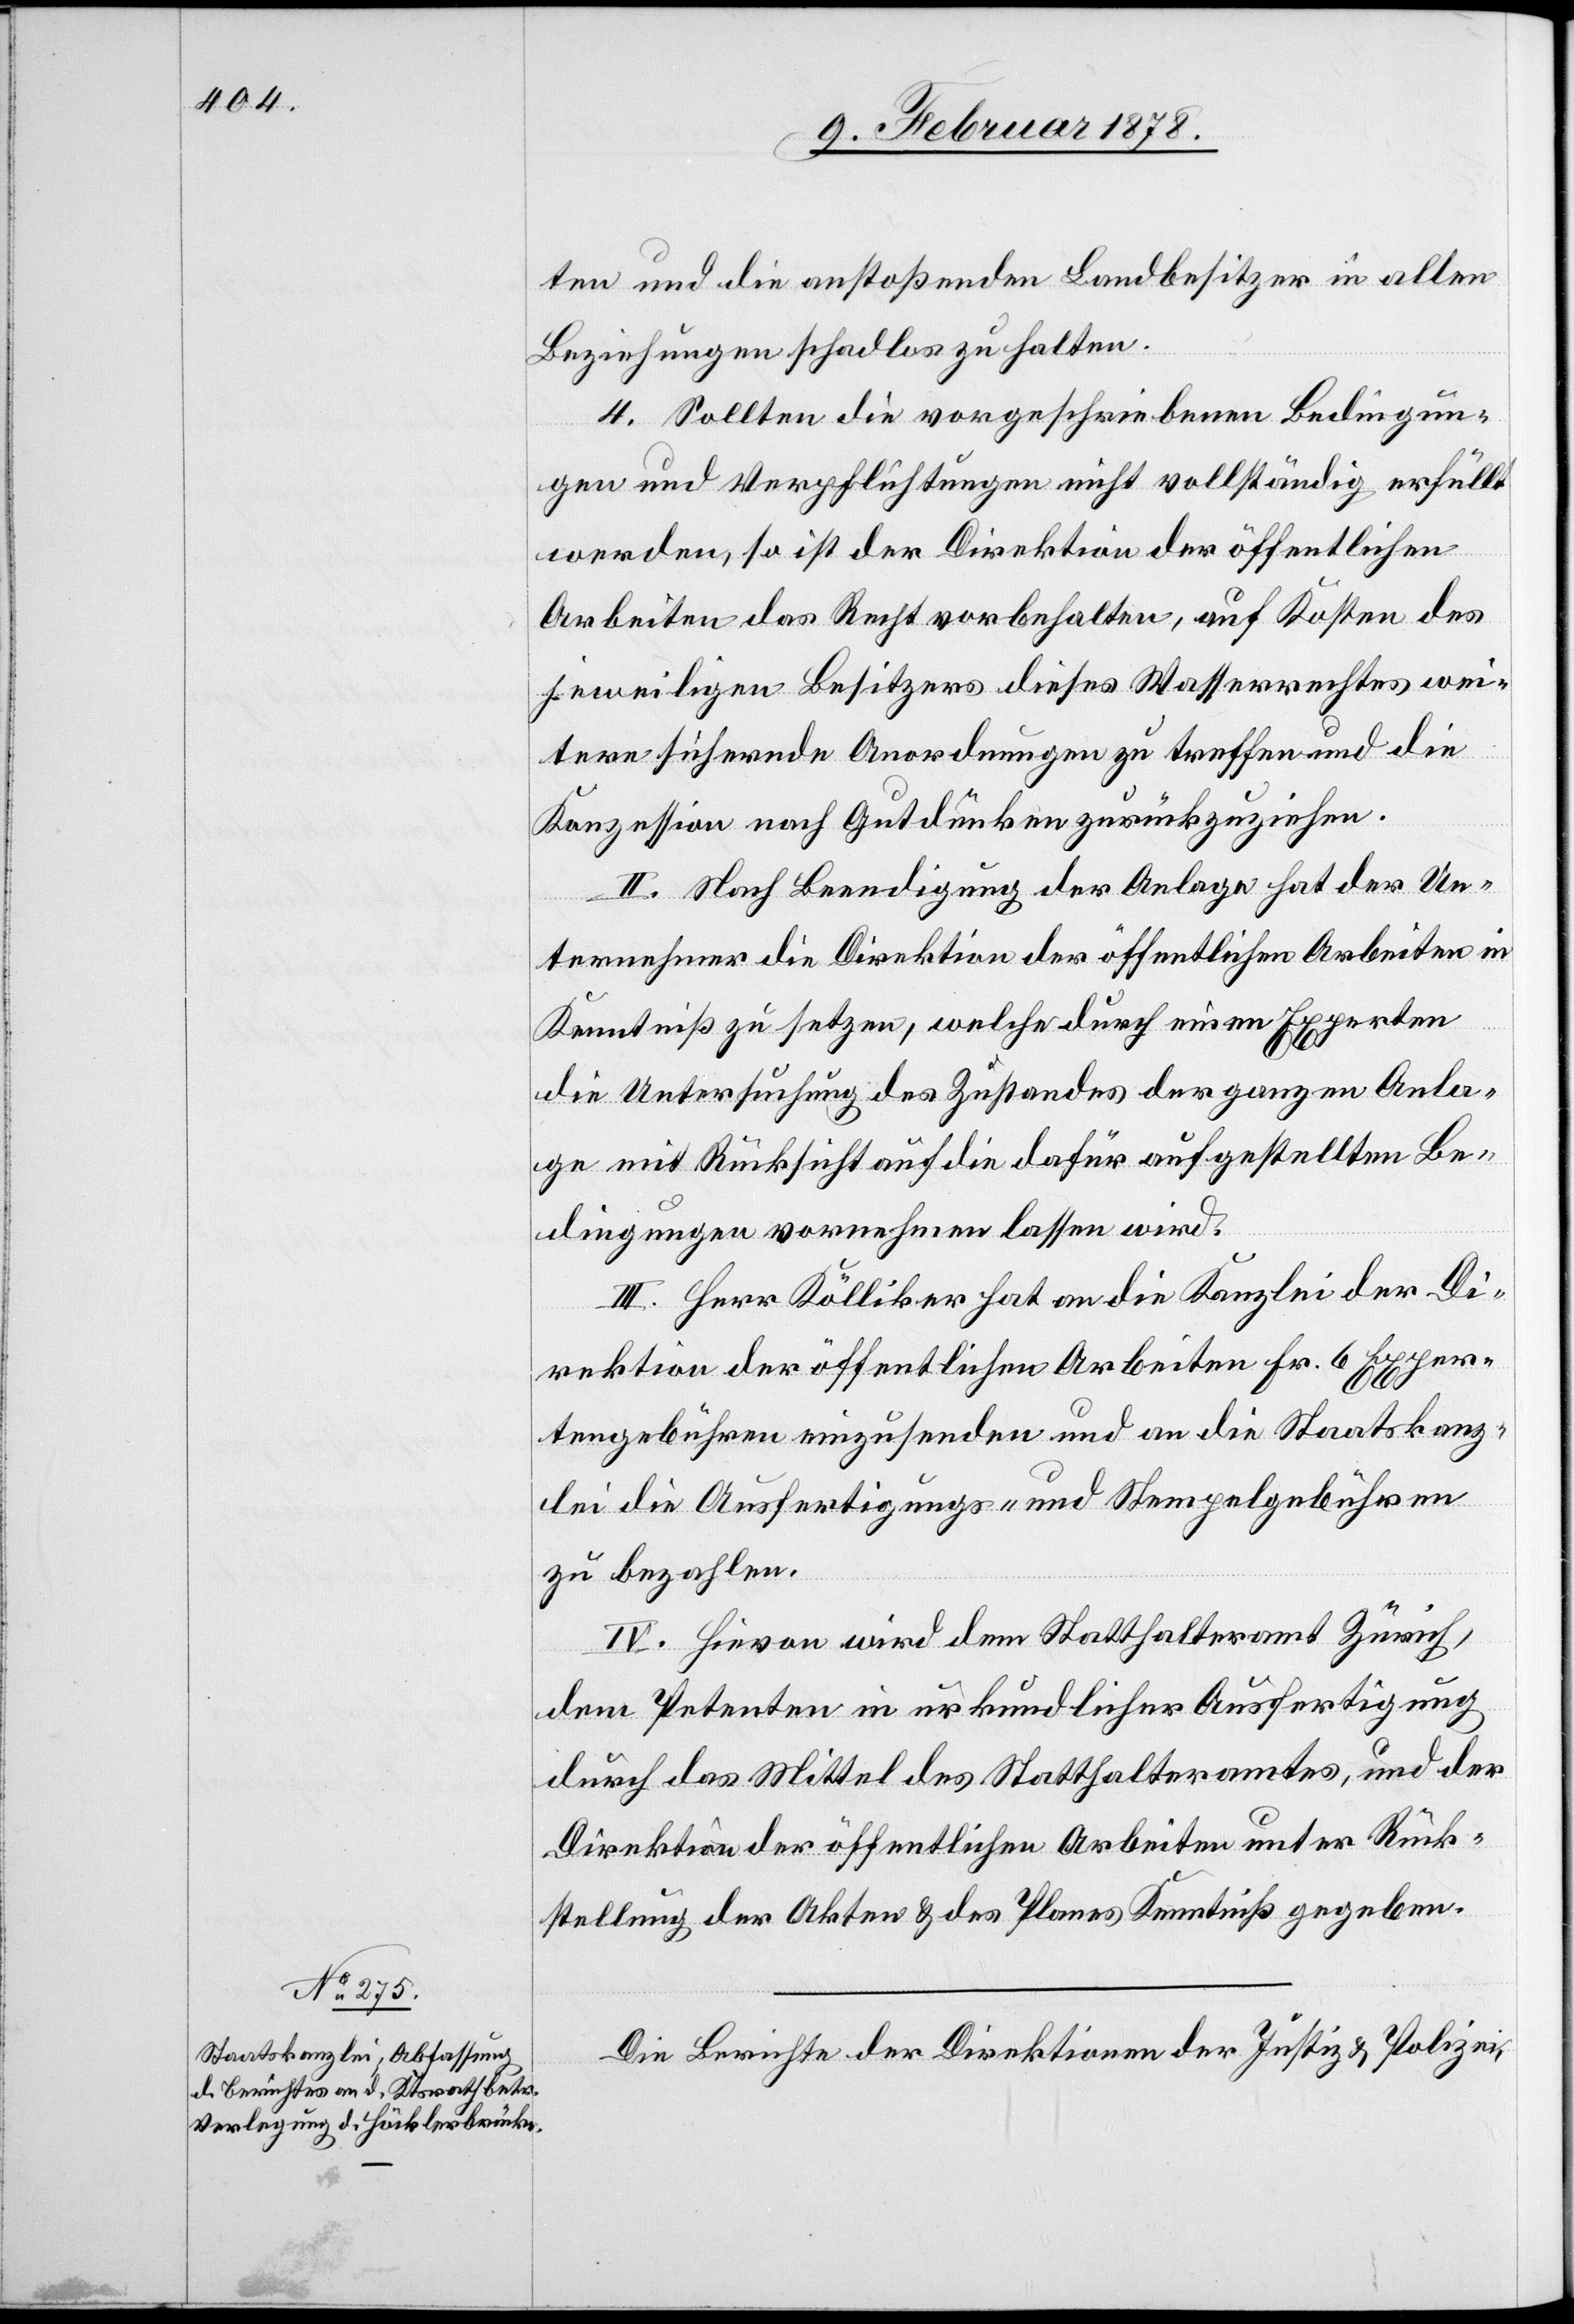
ten und die anstoßenden Landbesitzer in allen
Beziehungen schadlos zu halten.
4. Sollten die vorgeschriebenen Bedingun¬
gen und Verpflichtungen nicht vollständig erfüllt
werden, so ist der Direktion der öffentlichen
Arbeiten das Recht vorbehalten, auf Kosten des
jeweiligen Besitzers dieses Wasserrechtes wei¬
tere sichernde Anordnungen zu treffen und die
Konzession nach Gutdünken zurückzuziehen.
II. Nach Beendigung der Anlage hat der Un¬
ternehmer die Direktion der öffentlichen Arbeiten in
Kenntniß zu setzen, welche durch einen Experten
die Untersuchung des Zustandes der ganzen Anla¬
ge mit Rücksicht auf die dafür aufgestellten Be¬
dingungen vornehmen lassen wird.
III. Herr Kölliker hat an die Kanzlei der Di¬
rektion der öffentlichen Arbeiten Fr. 6 Exper¬
tengebühren einzusenden und an die Staatskanz¬
lei die Ausfertigungs- und Stempelgebühren
zu bezahlen.
IV. Hievon wird dem Statthalteramt Zürich,
dem Petenten in urkundlicher Ausfertigung
durch das Mittel des Statthalteramtes, und der
Direktion der öffentlichen Arbeiten unter Rück¬
stellung der Akten & des Planes Kenntniß gegeben.
Die Berichte der Direktionen der Justiz & Polizei,